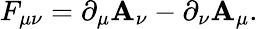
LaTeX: F_{\mu\nu}=\partial_{\mu}\mathbf{A}_{\nu}-\partial_{\nu}\mathbf{A}_{\mu}.